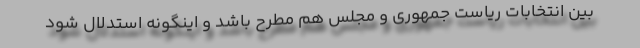
بین انتخابات ریاست جمهوری و مجلس هم مطرح باشد و اینگونه استدلال شود